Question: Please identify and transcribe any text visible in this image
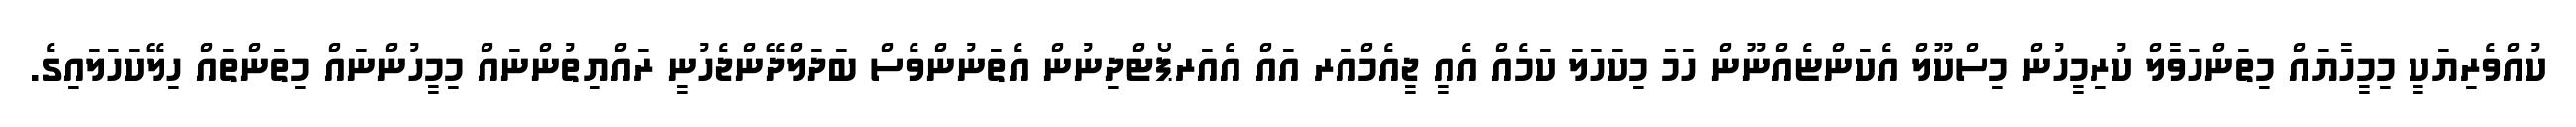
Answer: ކުއްވެރިޔަކީ މިމީހާޔައް މިތަންހަވާލް ކުރިމީހުން މިސްކޫލް އެކަންޏެއްނޫން ހަމަ މިކަހަލަ ކަމެއް އެއީ ޖީއެމްއަރ އައް އެއަރޕޯޓްދިނުން އެތަނުންވެސް ބަދަލްދޭންޖެހުނީ ރައްޔިތުންނައް މިމީހުންނައް މިތަންތައް ހިލޭކަހަލައިގެ.